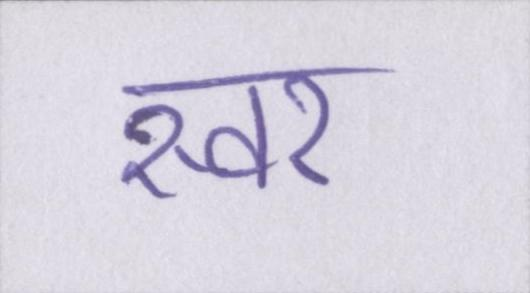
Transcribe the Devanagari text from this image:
स्वर